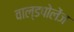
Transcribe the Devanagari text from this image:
वाल्डपोलेंज